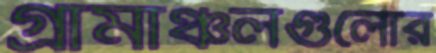
গ্রামাঞ্চলগুলোর